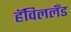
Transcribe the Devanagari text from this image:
हॅविललँड